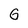
Character: G